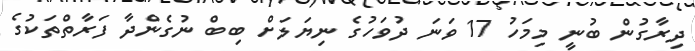
ދިރާގުން ބުނީ މިމަހު 17 ވަނަ ދުވަހުގެ ނިޔަލަށް ބިބް ނުގެންދާ ފަރާތްތަކުގެ